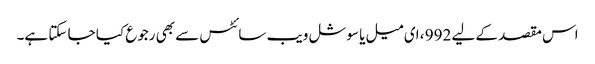
اس مقصد کے لیے 992 ، ای میل یا سوشل ویب سائٹس سے بھی رجوع کیا جا سکتا ہے۔